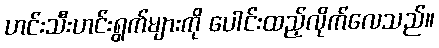
ဟင်းသီးဟင်းရွက်များကို ပေါင်းထည့်လိုက်လေသည်။